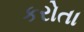
કરોતા